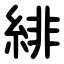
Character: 緋